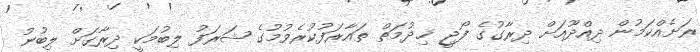
ރަށެއްކަމުން ދިއްދޫއަށް ދިރާގުގެ ފޯޖީ ޚިދުމަތް ތައާރަފުކުރެވުމުގެ ޝަރަފު ލިބުމަކީ ދިރާގަށް ލިބުނު